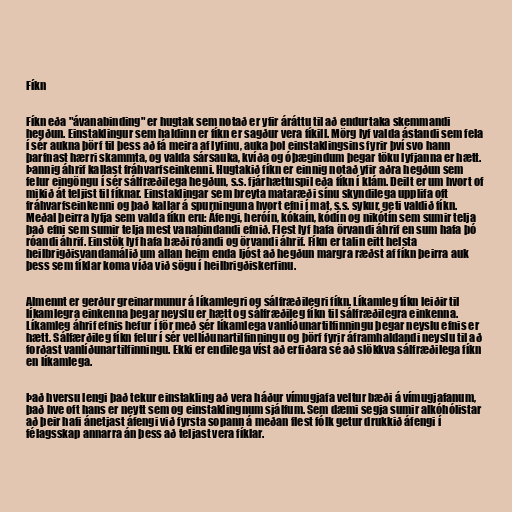
Fíkn

Fíkn eða "ávanabinding" er hugtak sem notað er yfir áráttu til að endurtaka skemmandi
hegðun. Einstaklingur sem haldinn er fíkn er sagður vera fíkill. Mörg lyf valda ástandi sem fela
í sér aukna þörf til þess að fá meira af lyfinu, auka þol einstaklingsins fyrir því svo hann
þarfnast hærri skammta, og valda sársauka, kvíða og óþægindum þegar töku lyfjanna er hætt.
Þannig áhrif kallast fráhvarfseinkenni. Hugtakið fíkn er einnig notað yfir aðra hegðun sem
felur eingöngu í sér sálfræðilega hegðun, s.s. fjárhættuspil eða fíkn í klám. Deilt er um hvort of
mikið át teljist til fíknar. Einstaklingar sem breyta mataræði sínu skyndilega upplifa oft
fráhvarfseinkenni og það kallar á spurninguna hvort efni í mat, s.s. sykur, geti valdið fíkn.
Meðal þeirra lyfja sem valda fíkn eru: Áfengi, heróín, kókaín, kódín og nikótín sem sumir telja
það efni sem sumir telja mest vanabindandi efnið. Flest lyf hafa örvandi áhrif en sum hafa þó
róandi áhrif. Einstök lyf hafa bæði róandi og örvandi áhrif. Fíkn er talin eitt helsta
heilbrigðisvandamálið um allan heim enda ljóst að hegðun margra ræðst af fíkn þeirra auk
þess sem fíklar koma víða við sögu í heilbrigðiskerfinu.

Almennt er gerður greinarmunur á líkamlegri og sálfræðilegri fíkn. Líkamleg fíkn leiðir til
líkamlegra einkenna þegar neyslu er hætt og sálfræðileg fíkn til sálfræðilegra einkenna.
Líkamleg áhrif efnis hefur í för með sér líkamlega vanlíðunartilfinningu þegar neyslu efnis er
hætt. Sálfærðileg fíkn felur í sér vellíðunartilfinningu og þörf fyrir áframhaldandi neyslu til að
forðast vanlíðunartilfinningu. Ekki er endilega víst að erfiðara sé að slökkva sálfræðilega fíkn
en líkamlega.

Það hversu lengi það tekur einstakling að vera háður vímugjafa veltur bæði á vímugjafanum,
það hve oft hans er neytt sem og einstaklingnum sjálfum. Sem dæmi segja sumir alkóhólistar
að þeir hafi ánetjast áfengi við fyrsta sopann á meðan flest fólk getur drukkið áfengi í
félagsskap annarra án þess að teljast vera fíklar.